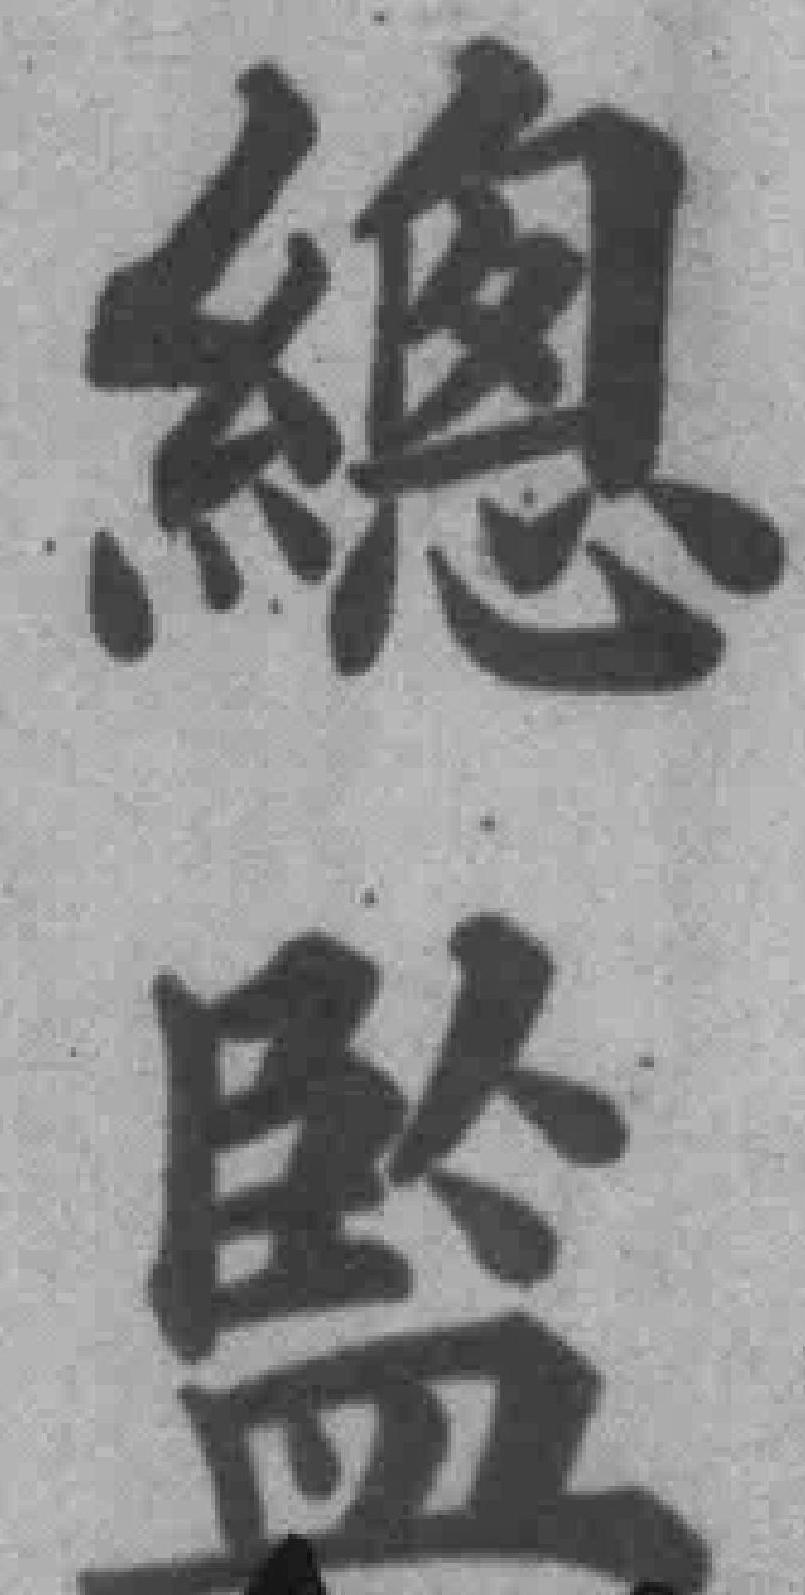
總監